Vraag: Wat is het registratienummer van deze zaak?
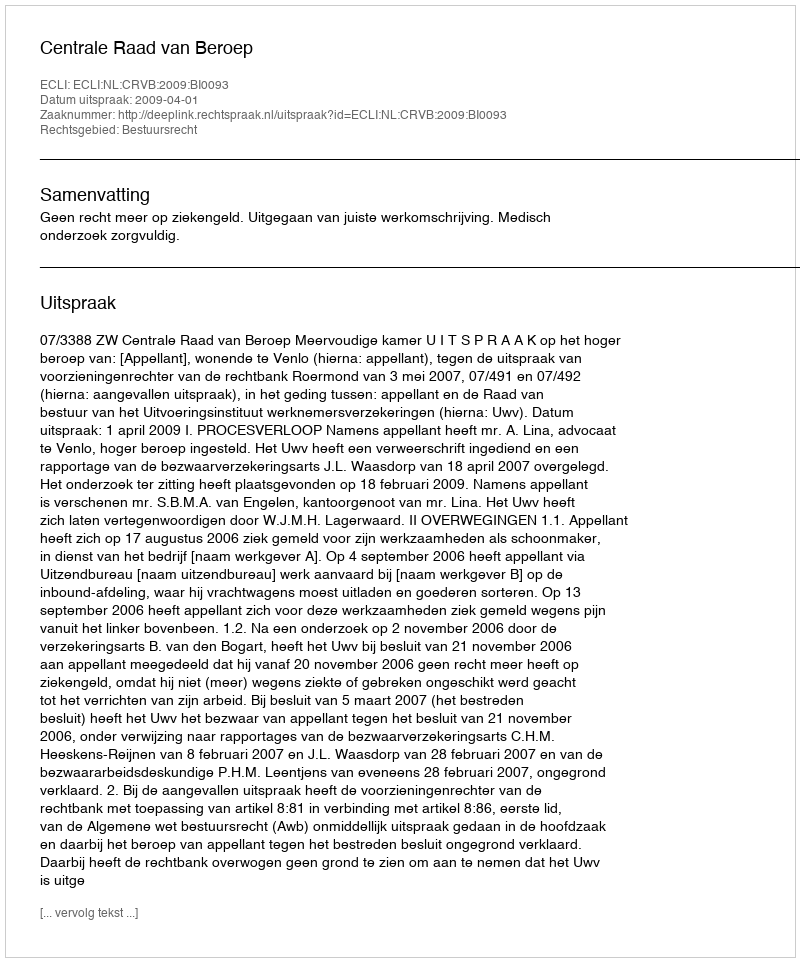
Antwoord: http://deeplink.rechtspraak.nl/uitspraak?id=ECLI:NL:CRVB:2009:BI0093